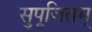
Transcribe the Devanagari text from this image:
सुपूजितम्